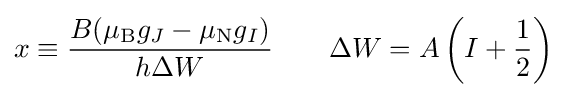
x\equiv {\frac {B(\mu _{\rm {B}}g_{J}-\mu _{\rm {N}}g_{I})}{h\Delta W}}\quad \quad \Delta W=A\left(I+{\frac {1}{2}}\right)